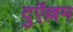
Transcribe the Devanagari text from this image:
दुऍल्लम